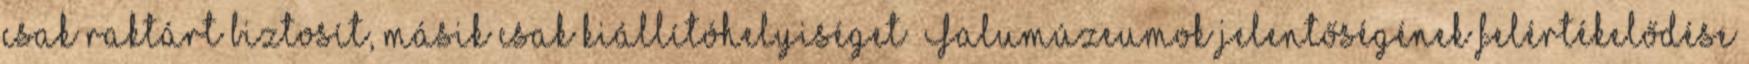
csak raktárt biztosít, másik csak kiállítóhelyiséget ▪Falumúzeumok jelentőségének felértékelődése